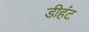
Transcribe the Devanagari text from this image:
डीहंट